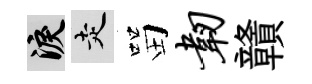
泪走㽞韧贛